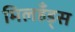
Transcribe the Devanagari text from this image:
मिलहँड्‌स